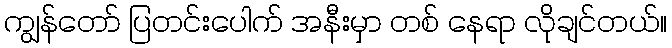
ကျွန်တော် ပြတင်းပေါက် အနီးမှာ တစ် နေရာ လိုချင်တယ်။